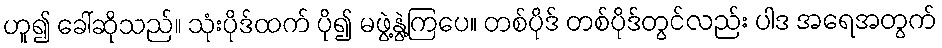
ဟူ၍ ခေါ်ဆိုသည်။ သုံးပိုဒ်ထက် ပို၍ မဖွဲ့နွဲ့ကြပေ။ တစ်ပိုဒ် တစ်ပိုဒ်တွင်လည်း ပါဒ အရေအတွက်